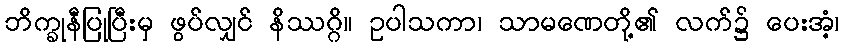
ဘိက္ခုနီပြုပြီးမှ ဖွပ်လျှင် နိဿဂ္ဂိ။ ဥပါသကာ၊ သာမဏေတို့၏ လက်၌ ပေးအံ့၊